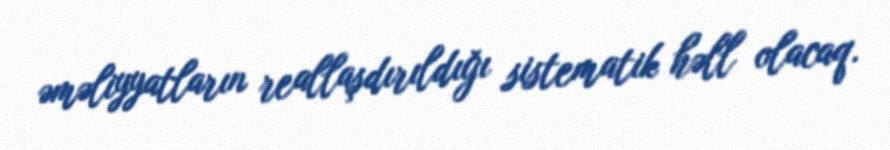
əməliyyatların reallaşdırıldığı sistematik həll olacaq.